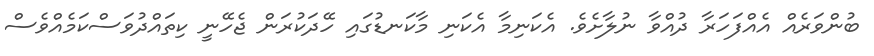
ބުންވަރެއް އެއްފަހަރާ ދުއްވާ ނުލާށެވެ. އެކަނިމާ އެކަނި މާކަނޑުގައި ހޭދަކުރަން ޖެހޭނީ ކިތައްދުވަސްކަމެއްވެސް